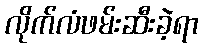
လိုက်လံဖမ်းဆီးခဲ့ရာ